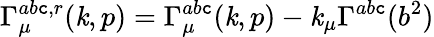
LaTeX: \Gamma_{\mu}^{ab\mathtt{c},r}(\mathit{k},p)=\Gamma_{\mu}^{ab\mathtt{c}}(\mathit{k},p)-\mathit{k}_{\mu}\Gamma^{ab\mathtt{c}}(b^{2})